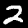
Digit: 2